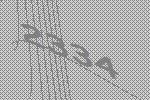
2334